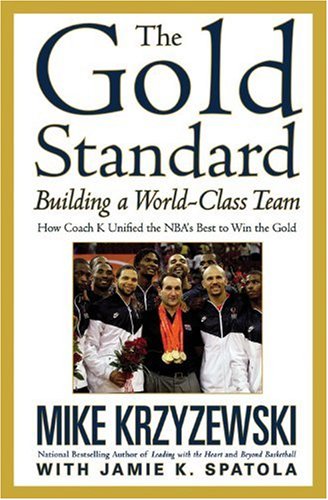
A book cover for The Gold Standard: Building a World-Class Team; Mike Krzyzewski; Biographies & Memoirs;